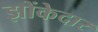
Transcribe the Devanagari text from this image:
झोंकेदार